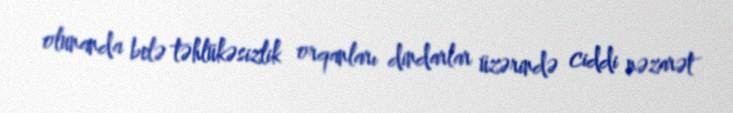
olunanda belə təhlükəsizlik orqanları dindarlar üzərində ciddi nəzarət